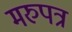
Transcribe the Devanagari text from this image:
मरुपत्र